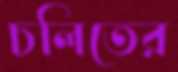
চলিতের